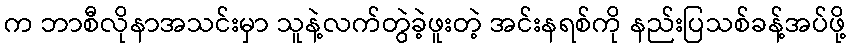
က ဘာစီလိုနာအသင်းမှာ သူနဲ့လက်တွဲခဲ့ဖူးတဲ့ အင်းနရစ်ကို နည်းပြသစ်ခန့်အပ်ဖို့